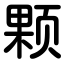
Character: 颗